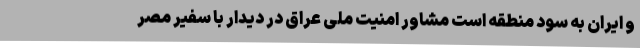
و ایران به سود منطقه است مشاور امنیت ملی عراق در دیدار با سفیر مصر